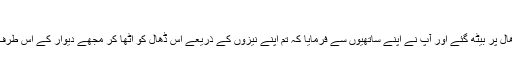
( اسد الغابہ )
ایک لڑائی میں آپ اپنی ڈھال پر بیٹھ گئے اور آپ نے اپنے ساتھیوں سے فرمایا کہ تم اپنے نیزوں کے ذریعے اس ڈھال کو اٹھا کر مجھے دیوار کے اس طرف کافروں میں پھینک دو ۔